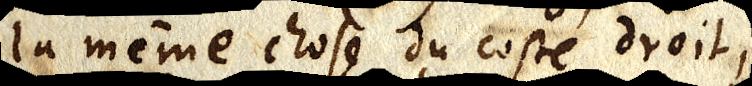
la même chose du costé droit,